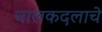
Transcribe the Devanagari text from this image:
चालकदलाचे